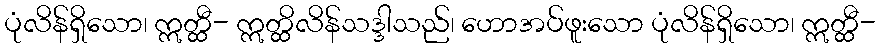
ပုံလိန်ရှိသော၊ ဣတ္ထီ- ဣတ္ထိလိန်သဒ္ဒါသည်၊ ဟောအပ်ဖူးသော ပုံလိန်ရှိသော၊ ဣတ္ထီ-